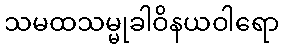
သမထသမ္မုခါဝိနယဝါရော